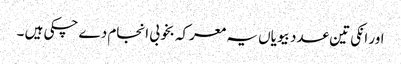
اور انکی تین عدد بیویاں یہ معرکہ بخوبی انجام دے چکی ہیں ۔